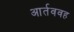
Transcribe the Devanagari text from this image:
आर्तववह